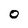
Character: O